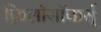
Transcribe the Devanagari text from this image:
फ़िलॉसॉफर्स्